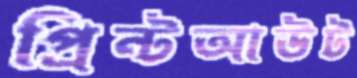
প্রিন্টআউট